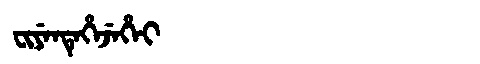
Manchu: ᠸᡳᠶᡝᠨᡨᡝᡥᡝᠵᡝᡥᡝᡳ
Romanization: FIYENTEHEJEHEI